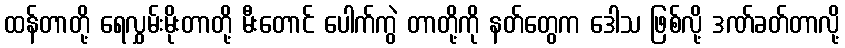
ထန်တာတို့ ရေလွှမ်းမိုးတာတို့ မီးတောင် ပေါက်ကွဲ တာတို့ကို နတ်တွေက ဒေါသ ဖြစ်လို့ ဒဏ်ခတ်တာလို့